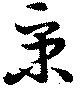
秉